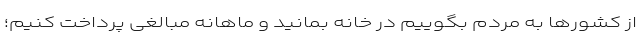
از کشورها به مردم بگوییم در خانه بمانید و ماهانه مبالغی پرداخت کنیم؛